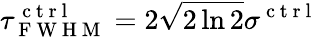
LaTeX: \tau_{\mathrm{~F~W~H~M~}}^{\mathrm{~c~t~r~l~}}=2\sqrt{2\ln{2}}\sigma^{\mathrm{~c~t~r~l~}}